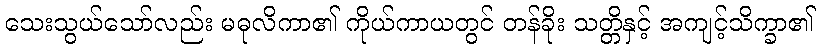
သေးသွယ်သော်လည်း မဓုလိကာ၏ ကိုယ်ကာယတွင် တန်ခိုး သတ္တိနှင့် အကျင့်သိက္ခာ၏